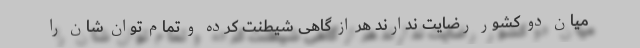
میان دو کشور رضایت ندارند هر از گاهی شیطنت کرده و تمام توان شان را